Lunatic asylums Punjab 1895-1910 - 1895-1910
Year: 1895
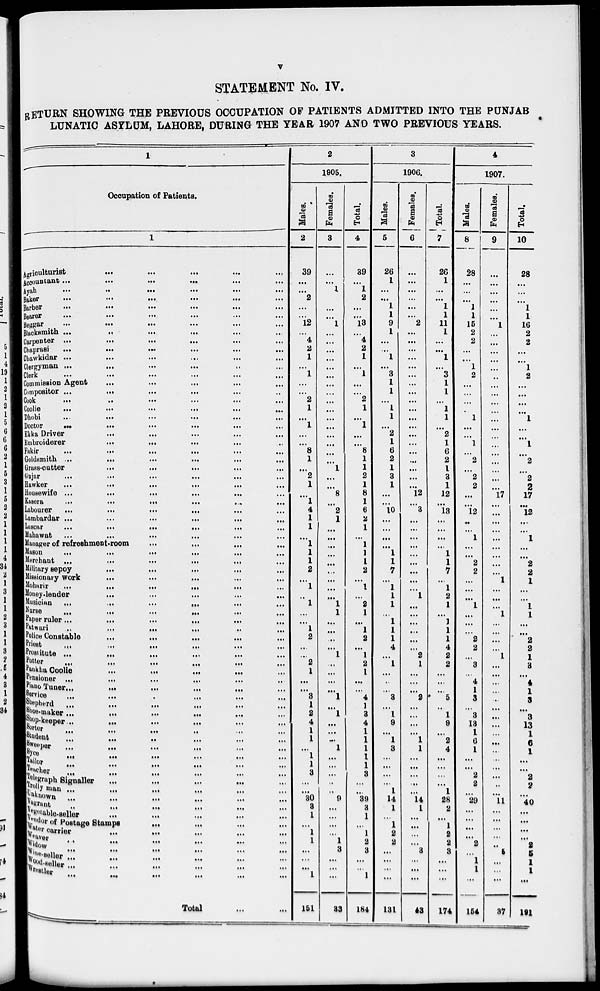
v
STATEMENT No. IV.
RETURN SHOWING THE PREVIOUS OCCUPATION OF PATIENTS ADMITTED INTO THE PUNJAB
LUNATIC ASYLUM, LAHORE, DURING THE YEAR 1907 AND TWO PREVIOUS YEARS.
1
Occupation of Patients.
1
Agriculturist
...
...
...
...
...
...
...
...
Accountant
...
...
...
...
...
...
...
...
Ayah
...
...
...
...
...
...
...
...
Baker
...
...
...
...
...
...
...
...
Barber
...
...
...
...
...
...
...
...
Bearer
...
...
...
...
...
...
...
...
Beggar
...
...
...
...
...
...
...
...
Blacksmith
...
...
...
...
...
...
...
...
Carpenter
...
...
...
...
...
...
...
...
Chaprasi
...
...
...
...
...
...
...
...
Chawkidar
...
...
...
...
...
...
...
...
Clergyman
...
...
...
...
...
...
...
...
Clerk
...
...
...
...
...
...
...
...
Commission Agent ... ... ... ... ... ... ... ...
Compositor ... ... ... ... ... ... ... ...
Cook
...
...
...
...
...
...
...
...
Coolie
...
...
...
...
...
...
...
...
Dhobi
...
...
...
...
...
...
...
...
Doctor
...
...
...
...
...
...
...
...
Ekka Driver
...
...
...
...
...
...
...
...
Embroiderer
...
...
...
...
...
...
...
...
Fakir
...
...
...
...
...
...
...
...
Goldsmith
...
...
...
...
...
...
...
...
Grass-cutter
...
...
...
...
...
...
...
...
Gujar
...
...
...
...
...
...
...
...
Hawker
...
...
...
...
...
...
...
...
Housewife
...
...
...
...
...
...
...
...
Kasera
...
...
...
...
...
...
...
...
Labourer ... ... ... ... ... ... ... ...
Lambardar
...
...
...
...
...
...
...
...
Luscar
...
...
...
...
...
...
...
...
Mahawat ... ... ... ... ... ... ... ...
Manager of refreshment-room ... ... ... ... ...
Mason
...
...
...
...
...
...
...
...
Merchant
...
...
...
...
...
...
...
...
Military sepoy
...
...
...
...
...
...
...
...
Missionary work ... ... ... ... ... ... ... ...
Meharir
...
...
...
...
...
...
...
...
Money-lender ... ... ... ... ... ... ... ...
Musician
...
...
...
...
...
...
...
...
Narse
...
...
...
...
...
...
...
...
Paper ruler
...
...
...
...
...
...
...
...
Patwari ... ... ... ... ... ... ... ...
Police Constable
...
...
...
...
...
...
...
...
Priest ... ... ... ... ... ... ... ...
Prostitute ... ... ... ... ... ... ... ...
Potter ... ... ... ... ... ... ... ...
Pankha Coolie ... ... ... ... ... ... ... ...
Pensioner ... ... ... ... ... ... ... ...
Piano Tuner ... ... ... ... ... ... ... ...
Service ... ... ... ... ... ... ... ...
Shepherd ... ... ... ... ... ... ... ...
Shoe-maker ... ... ... ... ... ... ... ...
Shop-keeper ... ... ... ... ... ... ... ...
Sorter
...
...
...
...
...
...
...
...
Student ... ... ... ... ... ... ... ...
Sweeper
...
...
...
...
...
...
...
...
Syce
...
...
...
...
...
...
...
...
Tailor
...
...
...
...
...
...
...
...
Teacher
...
...
...
...
...
...
...
...
Telegraph Signaller ... ... ... ... ... ... ...
Trolly man ... ... ... ... ... ... ... ...
Unknown ... ... ... ... ... ... ... ...
Vagrant
...
...
...
...
...
...
...
...
Vegetable-seller ... ... ... ... ... ... ... ...
Vendor of Postage Stamps ... ... ... ... ... ...
Water carrier ... ... ... ... ... ... ... ...
Weaver ... ... ... ... ... ... ... ...
Widow ... ... ... ... ... ... ... ...
Wine-seller ... ... ... ... ... ... ... ...
Wood-seller ... ... ... ... ... ... ... ...
Wrestler ... ... ... ... ... ... ... ...
Total ... ...
2
1905.
Males.
2
39
...
...
2
...
...
12
...
4
2
1
...
1
...
2
2
1
...
1
...
...
8
1
...
2
1
...
1
4
1
1
...
1
1
1
2
...
1
...
1
...
...
1
2
...
...
2
1
...
...
3
1
2
4
1
1
...
1
1
3
...
...
30
8
1
...
1
1
...
...
...
1
151
Females.
3
...
...
1
...
...
...
1
...
...
...
...
...
...
...
...
...
...
...
...
...
...
...
...
1
...
...
8
...
2
1
...
...
...
...
...
...
...
...
...
1
1
...
...
...
...
1
...
...
...
...
1
...
1
...
...
...
1
...
...
...
..
...
9
...
...
...
...
1
3
...
...
...
33
Total.
4
39
...
1
2
...
...
13
...
4
2
1
...
1
...
2
2
1
...
1
...
...
8
1
1
2
1
8
1
6
2
1
...
1
1
1
2
...
1
...
2
1
...
1
2
...
1
2
1
...
...
4
1
3
4
1
1
1
1
1
3
...
...
39
8
1
...
1
2
3
...
...
1
184
3
1906.
Males.
5
26
1
...
...
1
1
9
1
...
...
1
...
3
1
1
...
1
1
...
2
1
6
2
1
3
1
...
...
10
...
...
...
...
1
1
7
...
1
1
1
...
1
1
1
4
...
1
...
...
...
3
...
1
9
...
1
3
...
...
...
...
1
14
1
...
1
2
2
...
...
...
...
131
Females.
6
...
...
...
...
...
...
2
...
...
...
...
...
...
...
...
...
...
...
...
...
...
...
...
...
...
...
12
...
3
...
...
...
...
...
...
...
...
...
1
...
...
...
...
...
...
2
1
...
...
...
2
...
...
...
...
1
1
...
...
...
...
...
14
1
...
...
...
...
3
...
...
...
43
Total.
7
26
1
...
...
1
1
11
1
...
...
1
...
3
1
1
...
1
1
...
2
1
6
2
1
3 1
12
...
13
...
...
...
...
1
1
7
...
1
2
1
...
1
1
1
4
2
2
...
...
...
5
...
1
9
...
2
4
...
...
...
...
1
28
2
...
1
2
2
3
...
...
...
174
4
1907.
Males.
8
28
...
...
...
1
1
15
2
2
...
...
1
2
...
...
...
1
...
...
1
...
2
...
2
2
...
...
12
...
...
1
...
...
2
2
...
...
...
1
...
...
...
2
2
...
3
...
4
1
3
...
3
13
1
6
1
...
...
2
2
...
29
...
...
...
...
2
...
1
1
...
154
Females.
9
...
...
...
...
...
...
1
...
...
...
...
...
...
...
...
...
...
...
...
...
...
...
...
...
...
...
17
...
...
...
...
...
...
...
1
...
...
...
1
...
...
...
...
1
...
...
...
...
...
...
...
...
...
...
...
...
...
...
...
...
11
...
...
...
...
..
5
...
...
...
37
Total.
10
28
...
...
...
1
1
16
2
2
...
...
1
2
...
...
...
...
1
...
...
1
...
2
...
2
2
17
...
12
...
...
1
...
...
2
2
1
...
...
1 1
...
...
2
2
1
3
...
4
1
3
...
3
13
1
6
1
...
...
2
2
...
40
...
...
...
...
2
5
1
1
...
191